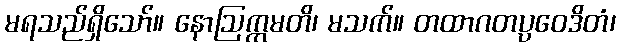
မရသည်ရှိသော်။ နောဩက္ကမတိ၊ မသက်။ တထာဂတပ္ပဝေဒိတံ၊